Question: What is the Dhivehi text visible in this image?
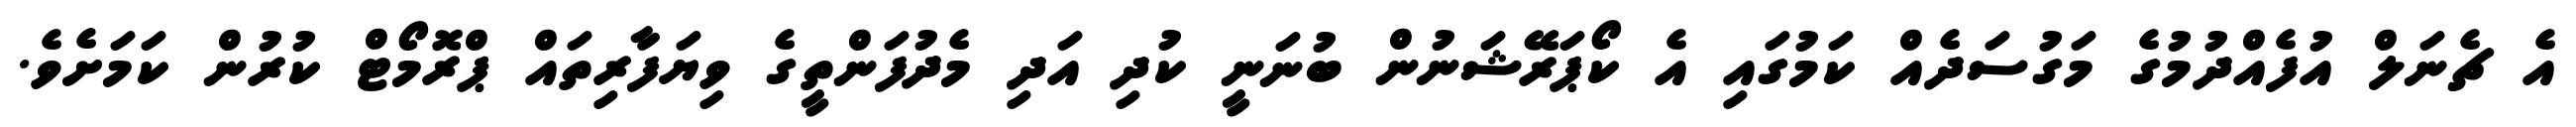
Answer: އެ ޗެނަލް އުފެއްދުމުގެ މަގުސަދެއް ކަމުގައި އެ ކޯޕަރޭޝަނުން ބުނަނީ ކުދި އަދި މެދުފަންތީގެ ވިޔަފާރިތައް ޕްރޮމޯޓް ކުރުން ކަމަށެވެ.